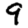
Digit: 9